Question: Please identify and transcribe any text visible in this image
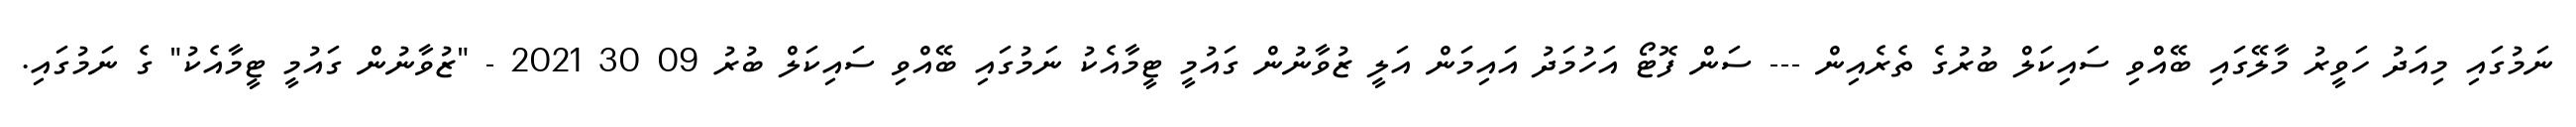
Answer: ނަމުގައި މިއަދު ހަވީރު މާލޭގައި ބޭއްވި ސައިކަލް ބުރުގެ ތެރެއިން --- ސަން ފޮޓޯ އަހުމަދު އައިމަން އަލީ ޒުވާނުން ގައުމީ ޓީމާއެކު ނަމުގައި ބޭއްވި ސައިކަލް ބުރު 09 30 2021 - "ޒުވާނުން ގައުމީ ޓީމާއެކު" ގެ ނަމުގައި.